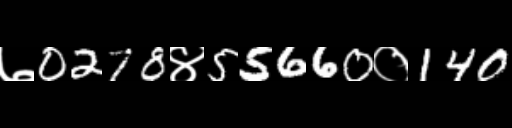
Text: ७0278४55660०140